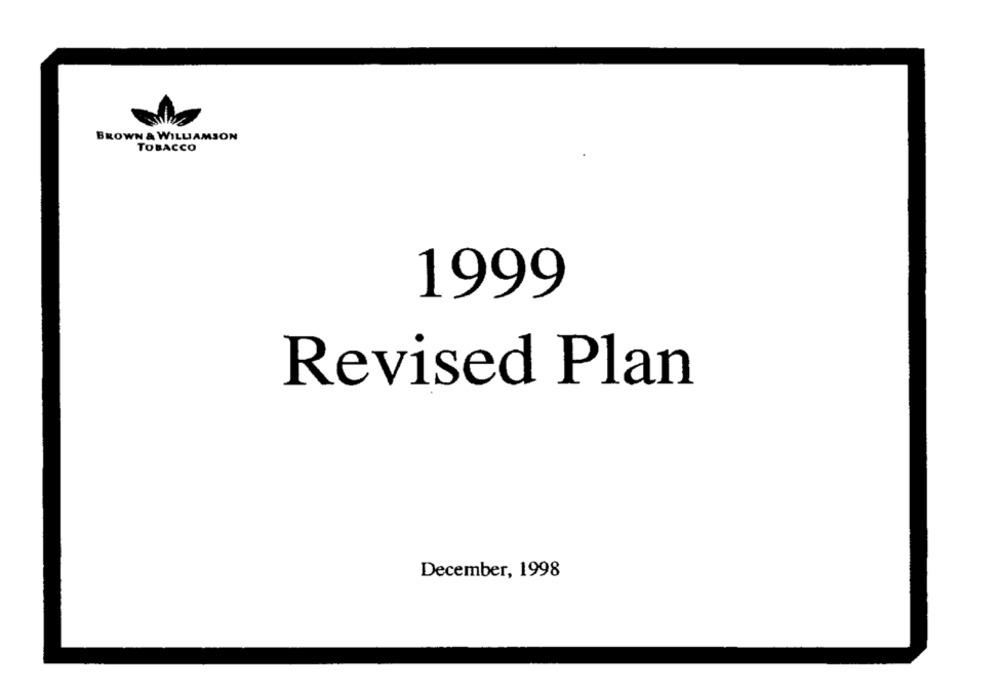
BROWN & WILLIAMSON
TOBACCO
1999
Revised Plan
December, 1998